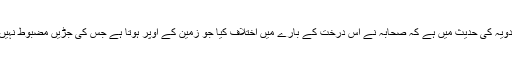
ابن مردویہ کی حدیث میں ہے کہ صحابہ نے اس درخت کے بارے میں اختلاف کیا جو زمین کے اوپر ہوتا ہے جس کی جڑیں مضبوط نہیں ہوتیں۔